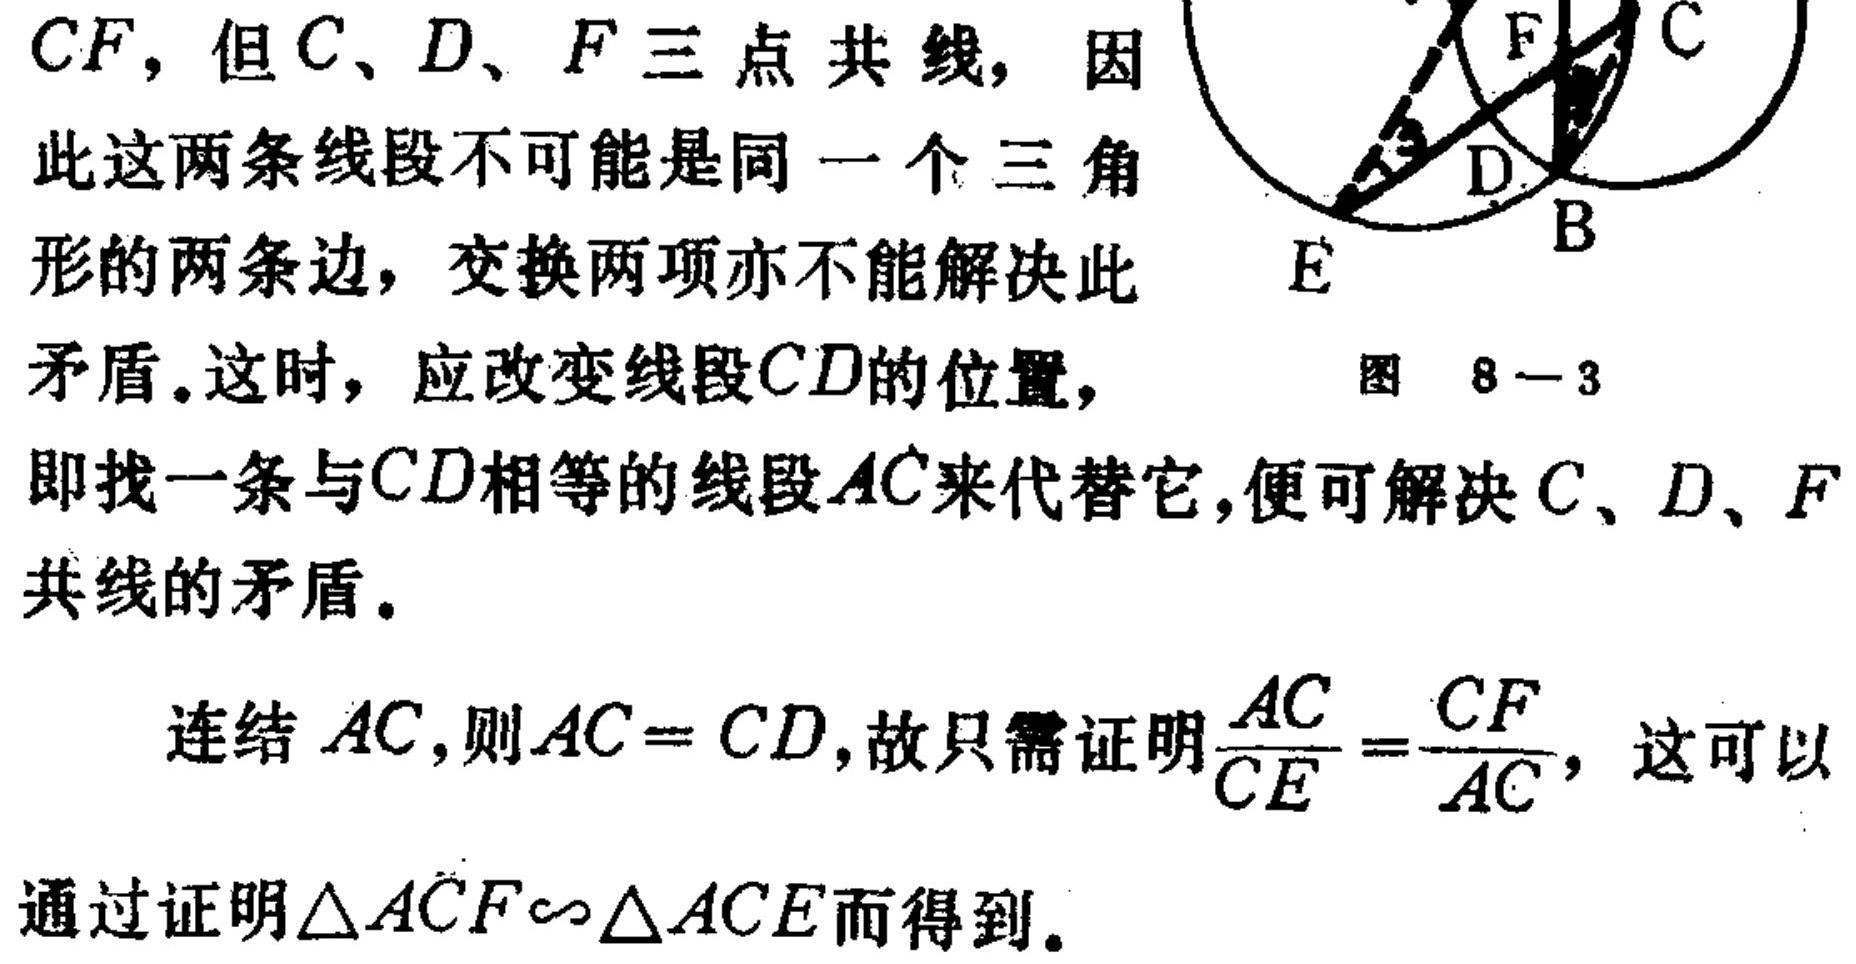
$CF$，但$C、D、F$三点共线，因
此这两条线段不可能是同一个三角
形的两条边，交换两项亦不能解决此
矛盾。这时，应改变线段$CD$的位置，
即找一条与$CD$相等的线段$AC$来代替它，便可解决$C、D、F$
共线的矛盾。
  连结$AC$,则$AC = CD$,故只需证明$\frac{AC}{CE}=\frac{CF}{AC}$，这可以
通过证明$\triangle ACF\backsim\triangle ACE$而得到。
图 8—3